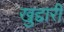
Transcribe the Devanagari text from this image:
खुद्दारी